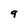
Character: 9